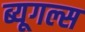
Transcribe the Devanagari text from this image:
ब्यूगल्स